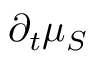
\partial _ { t } \mu _ { S }